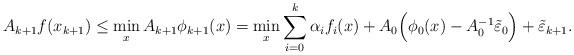
LaTeX: \begin{align*}A_{k+1} f(x_{k+1}) &\leq \min_x A_{k+1}\phi_{k+1}(x)= \min_x \sum_{i=0}^k \alpha_i f_i(x) + A_0\Big(\phi_0(x) - A_0^{-1}\tilde \varepsilon_0\Big) + \tilde \varepsilon_{k+1}.\end{align*}